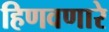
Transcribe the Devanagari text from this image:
हिणवणारे